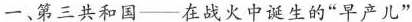
一、第三共和国—在战火中诞生的“早产儿”